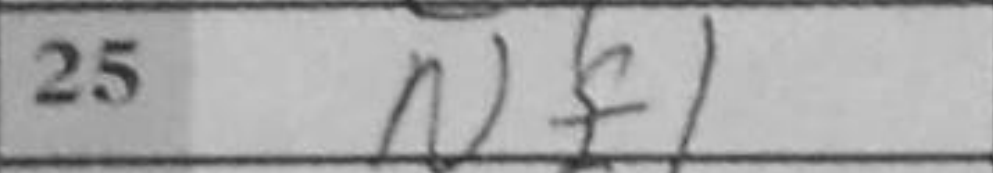
Transcription: Nf1